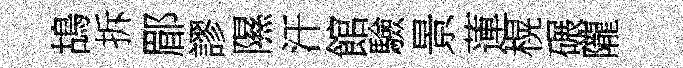
鴣拆郿謬隰汗館驗景蓮榥碾隴